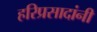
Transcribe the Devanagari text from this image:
हरिप्रसादांनी